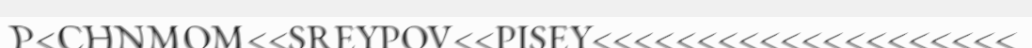
P<CHNMOM<<SREYPOV<<PISEY<<<<<<<<<<<<<<<<<<<<